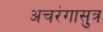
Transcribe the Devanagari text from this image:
अचरंगासुत्र